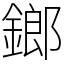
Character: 鎯